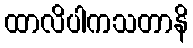
ထာလိပါကသတာနိ